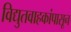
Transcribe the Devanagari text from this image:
विद्युतवाहकांपासून